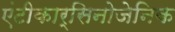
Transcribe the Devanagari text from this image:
एंटीकार्सिनोजेनिक